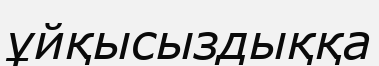
ұйқысыздыққа